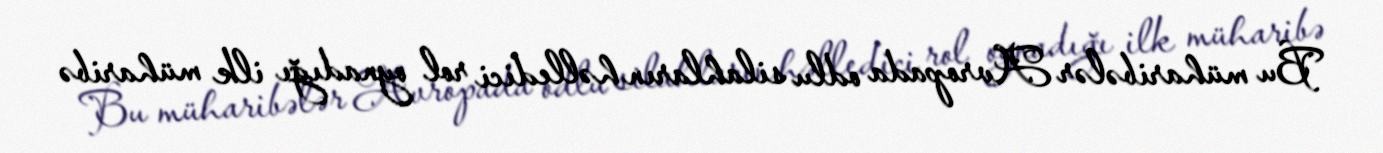
Bu müharibələr Avropada odlu silahların həlledici rol oynadığı ilk müharibə